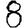
Digit: 8